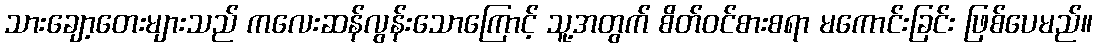
သားချော့တေးများသည် ကလေးဆန်လွန်းသောကြောင့် သူ့အတွက် စိတ်ဝင်စားစရာ မကောင်းခြင်း ဖြစ်ပေမည်။